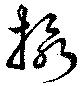
摂